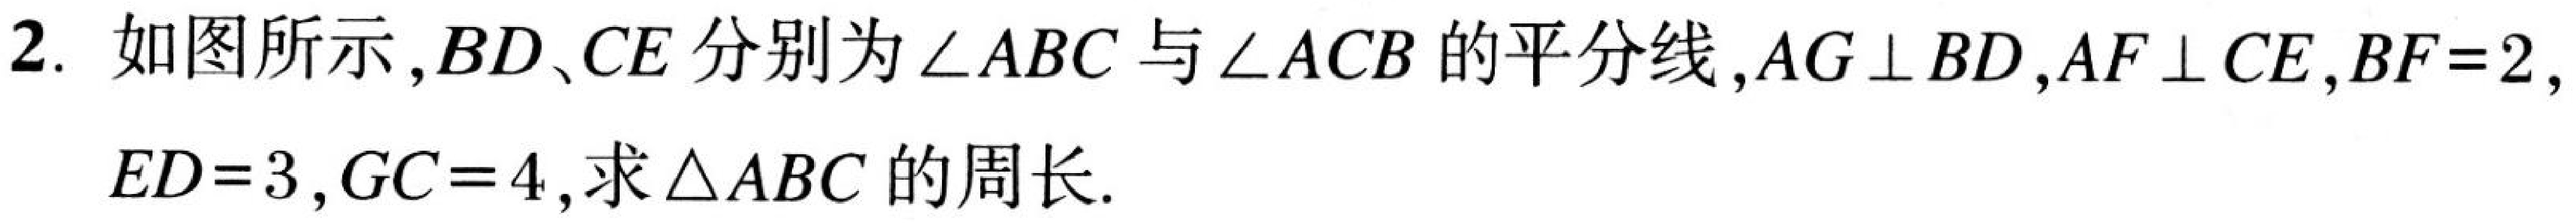
2. 如图所示,\(BD、CE\)分别为\(\angle ABC\)与\(\angle ACB\)的平分线,\(AG\perp BD\),\(AF\perp CE\),\(BF = 2\),
\(ED = 3\),\(GC = 4\),求\(\triangle ABC\)的周长.